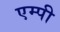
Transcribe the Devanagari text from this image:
एम्पी